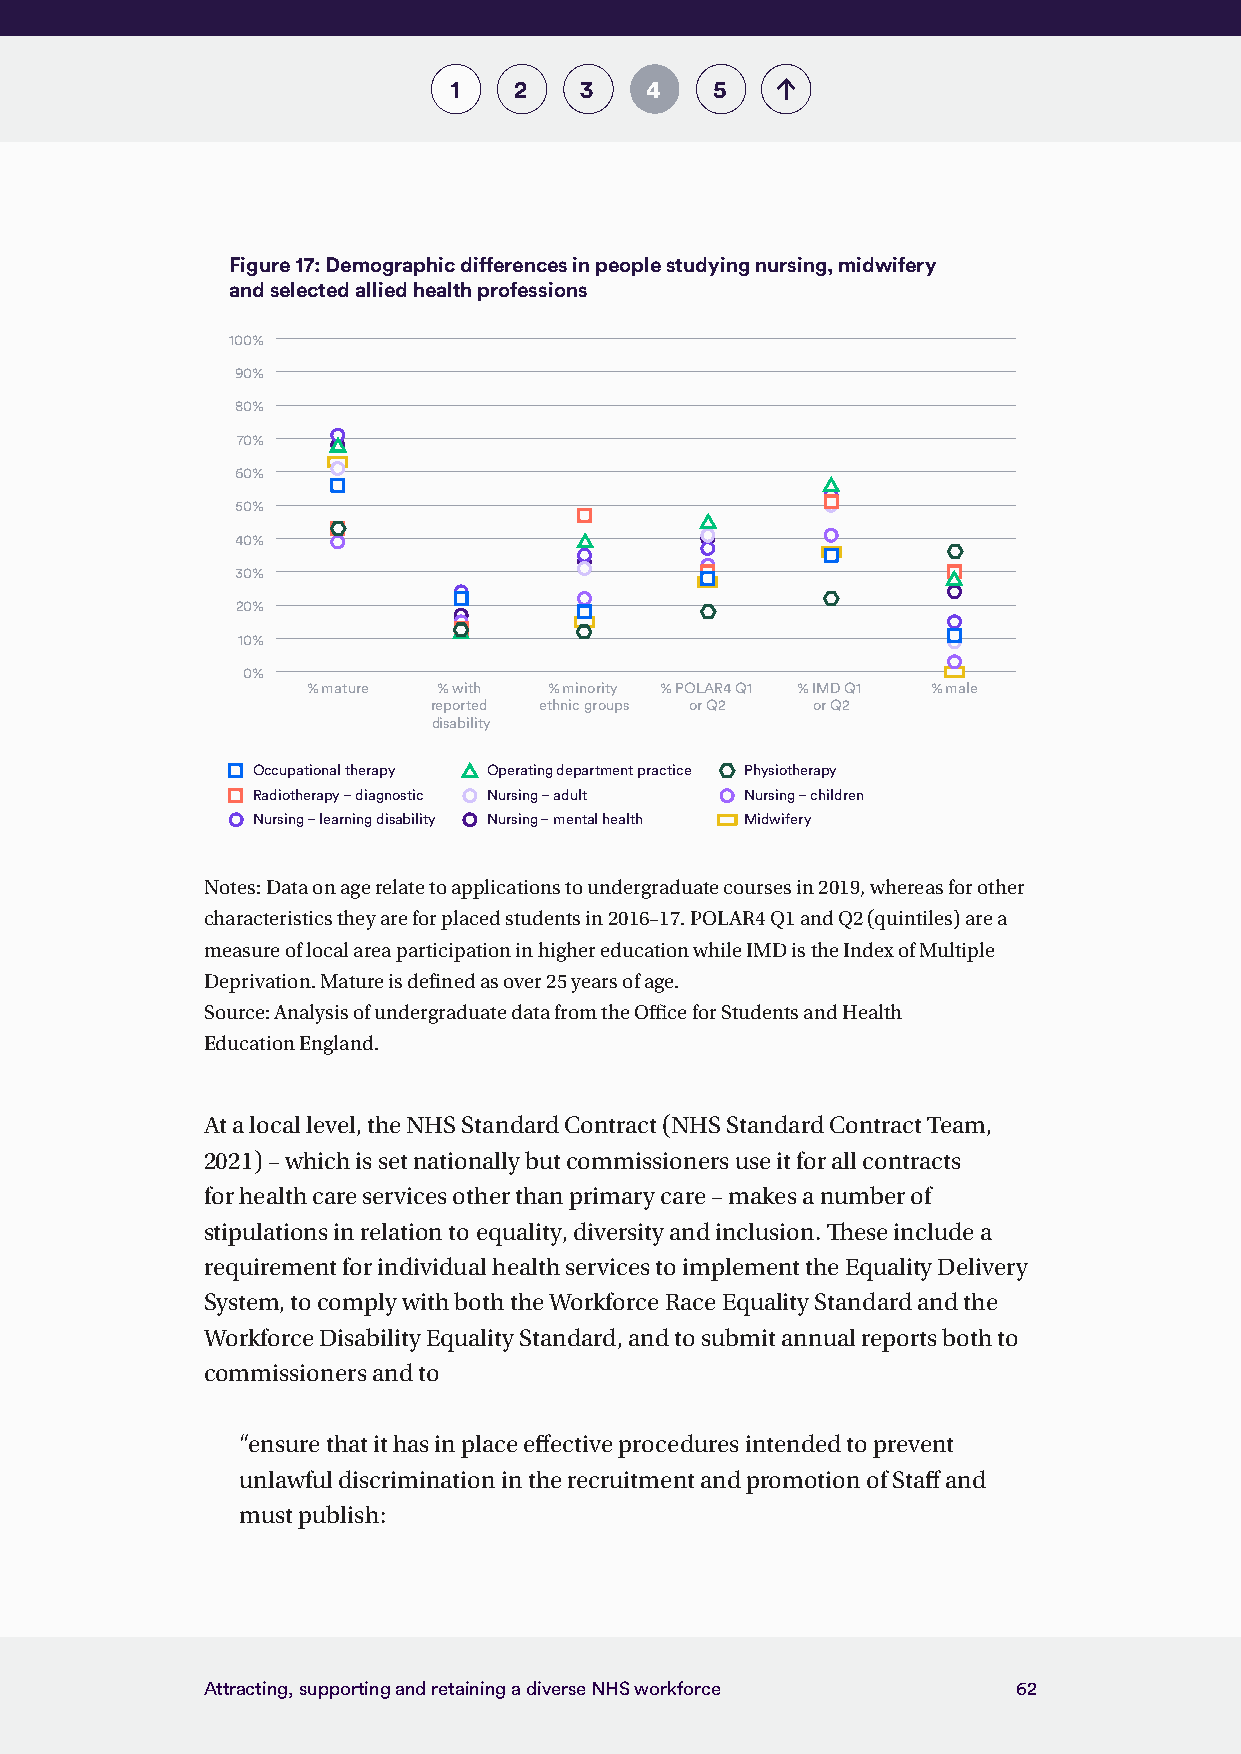
1   2   3    4   5
 Figure 17: Demographic differences in people studying nursing, midwifery
 and selected allied health professions
 100%
 90%
 80%
 70%
 60%
 50%
 40%
 30%
 20%
 10%
 0%
 % mature % with % minority % POLAR4 Q1 % IMD Q1 % male
 reported ethnic groups or Q2 or Q2
 disability
 Occupational therapy Operating department practice Physiotherapy
 Radiotherapy – diagnostic Nursing – adult Nursing – children
 Nursing – learning disability Nursing – mental health Midwifery
 Notes: Data on age relate to applications to undergraduate courses in 2019, whereas for other
 characteristics they are for placed students in 2016–17. POLAR4 Q1 and Q2 (quintiles) are a
 measure of local area participation in higher education while IMD is the Index of Multiple
 Deprivation. Mature is defined as over 25 years of age.
 Source: Analysis of undergraduate data from the Office for Students and Health
 Education England.
 At a local level, the NHS Standard Contract (NHS Standard Contract Team,
 2021) – which is set nationally but commissioners use it for all contracts
 for health care services other than primary care – makes a number of
 stipulations in relation to equality, diversity and inclusion. These include a
 requirement for individual health services to implement the Equality Delivery
 System, to comply with both the Workforce Race Equality Standard and the
 Workforce Disability Equality Standard, and to submit annual reports both to
 commissioners and to
 “ensure that it has in place effective procedures intended to prevent
 unlawful discrimination in the recruitment and promotion of Staff and
 must publish:
 Attracting, supporting and retaining a diverse NHS workforce 62